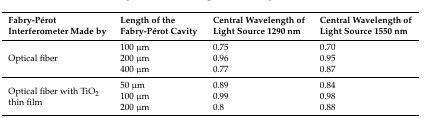
<table><thead><tr><td><b>Fabry-Pérot Interferometer Made by</b></td><td><b>Length of the Fabry-Pérot Cavity</b></td><td><b>Central Wavelength of Light Source 1290 nm</b></td><td><b>Central Wavelength of Light Source 1550 nm</b></td></tr></thead><tbody><tr><td rowspan="3">Optical fiber</td><td>100 μm</td><td>0.75</td><td>0.70</td></tr><tr><td>200 μm</td><td>0.96</td><td>0.95</td></tr><tr><td>400 μm</td><td>0.77</td><td>0.87</td></tr><tr><td rowspan="3">Optical fiber with TiO<sub>2</sub> thin film</td><td>50 μm</td><td>0.89</td><td>0.84</td></tr><tr><td>100 μm</td><td>0.99</td><td>0.98</td></tr><tr><td>200 μm</td><td>0.8</td><td>0.88</td></tr></tbody></table>